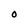
Character: o